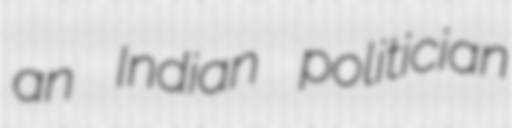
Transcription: an Indian politician